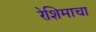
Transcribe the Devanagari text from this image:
रेशिमाचा